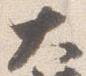
大